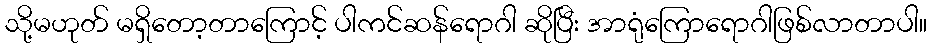
သို့မဟုတ် မရှိတော့တာကြောင့် ပါကင်ဆန်ရောဂါ ဆိုပြီး အာရုံကြောရောဂါဖြစ်လာတာပါ။